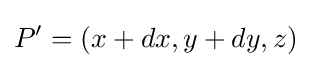
P'=(x+dx,y+dy,z)